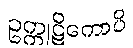
ဥက္ကုဋိကောပိ